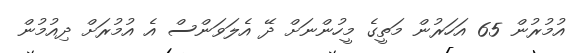
އުމުރުން 65 އަހަރުން މަތީގެ މީހުންނަށް ދޭ އެލަވަންސް އެ އުމުރަށް ދިއުމުން